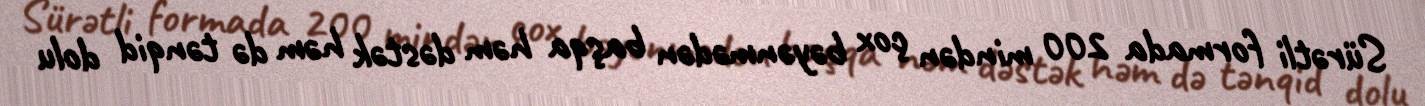
Sürətli formada 200 mindən çox bəyənmədən başqa həm dəstək həm də tənqid dolu